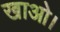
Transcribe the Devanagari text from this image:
खाओ।